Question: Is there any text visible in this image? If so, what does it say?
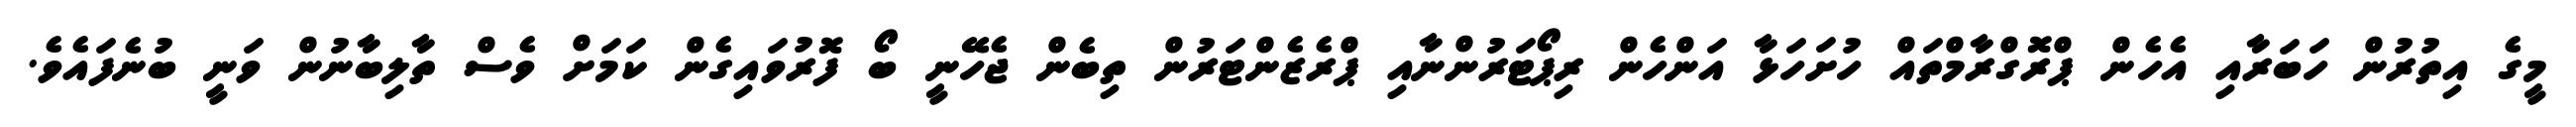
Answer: މީގެ އިތުރުން ހަބަރާއި އެހެން ޕްރޮގްރާމްތައް ހުށަހަޅާ އަންހެން ރިޕޯޓަރުންނާއި ޕްރެޒެންޓަރުން ތިބެން ޖެހޭނީ ބޯ ފޮރުވައިގެން ކަމަށް ވެސް ތާލިބާނުން ވަނީ ބުނެފައެވެ.